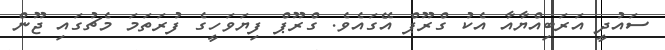
ސައުދީ އަރަބިއްޔާއާ އެކު ގްރޫޕް އޭގައެވެ. ގްރޫޕް ފިޔަވަހީގެ ފުރަތަމަ މެޗުގައި ޖޫން